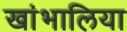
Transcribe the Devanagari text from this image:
खांभालिया